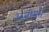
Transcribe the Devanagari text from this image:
अज़ीयतें